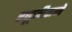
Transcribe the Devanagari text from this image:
रघूजीराजे